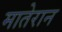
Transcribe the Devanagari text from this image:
मातेरान